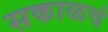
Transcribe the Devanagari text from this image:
सकाळचं